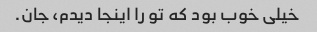
خیلی خوب بود که تو را اینجا دیدم، جان.